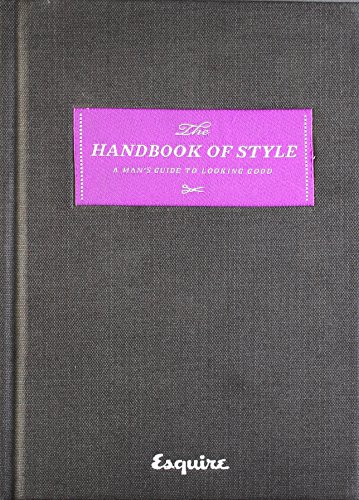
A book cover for Esquire The Handbook of Style: A Man's Guide to Looking Good; Health, Fitness & Dieting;